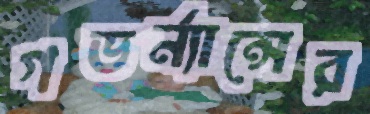
গভর্ন্যান্সের